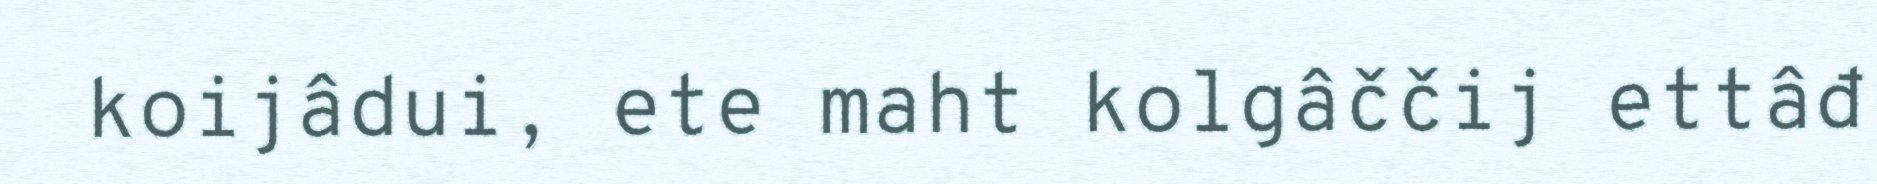
koijâdui, ete maht kolgâččij ettâđ